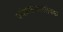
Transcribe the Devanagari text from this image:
ज्येष्ठसमाजसेवक